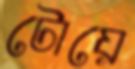
টোয়ে